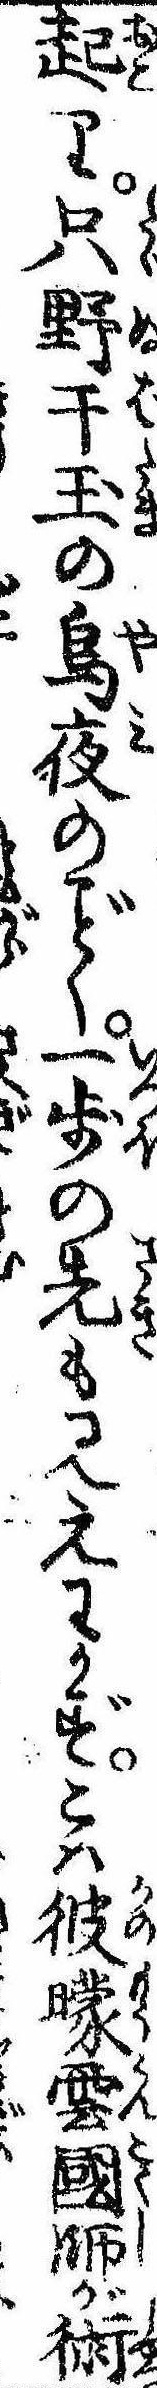
起り只野干玉の烏夜のく一歩の先も見えわかずこは彼曚雲国師が術